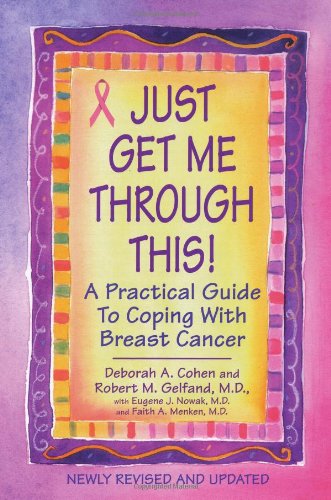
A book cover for Just Get Me Through This! - Revised and Updated; Deborah A. Cohen; Health, Fitness & Dieting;